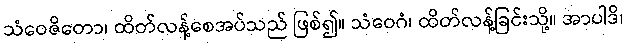
သံဝေဇိတော၊ ထိတ်လန့်စေအပ်သည် ဖြစ်၍။ သံဝေဂံ၊ ထိတ်လန့်ခြင်းသို့။ အာပါဒိ၊